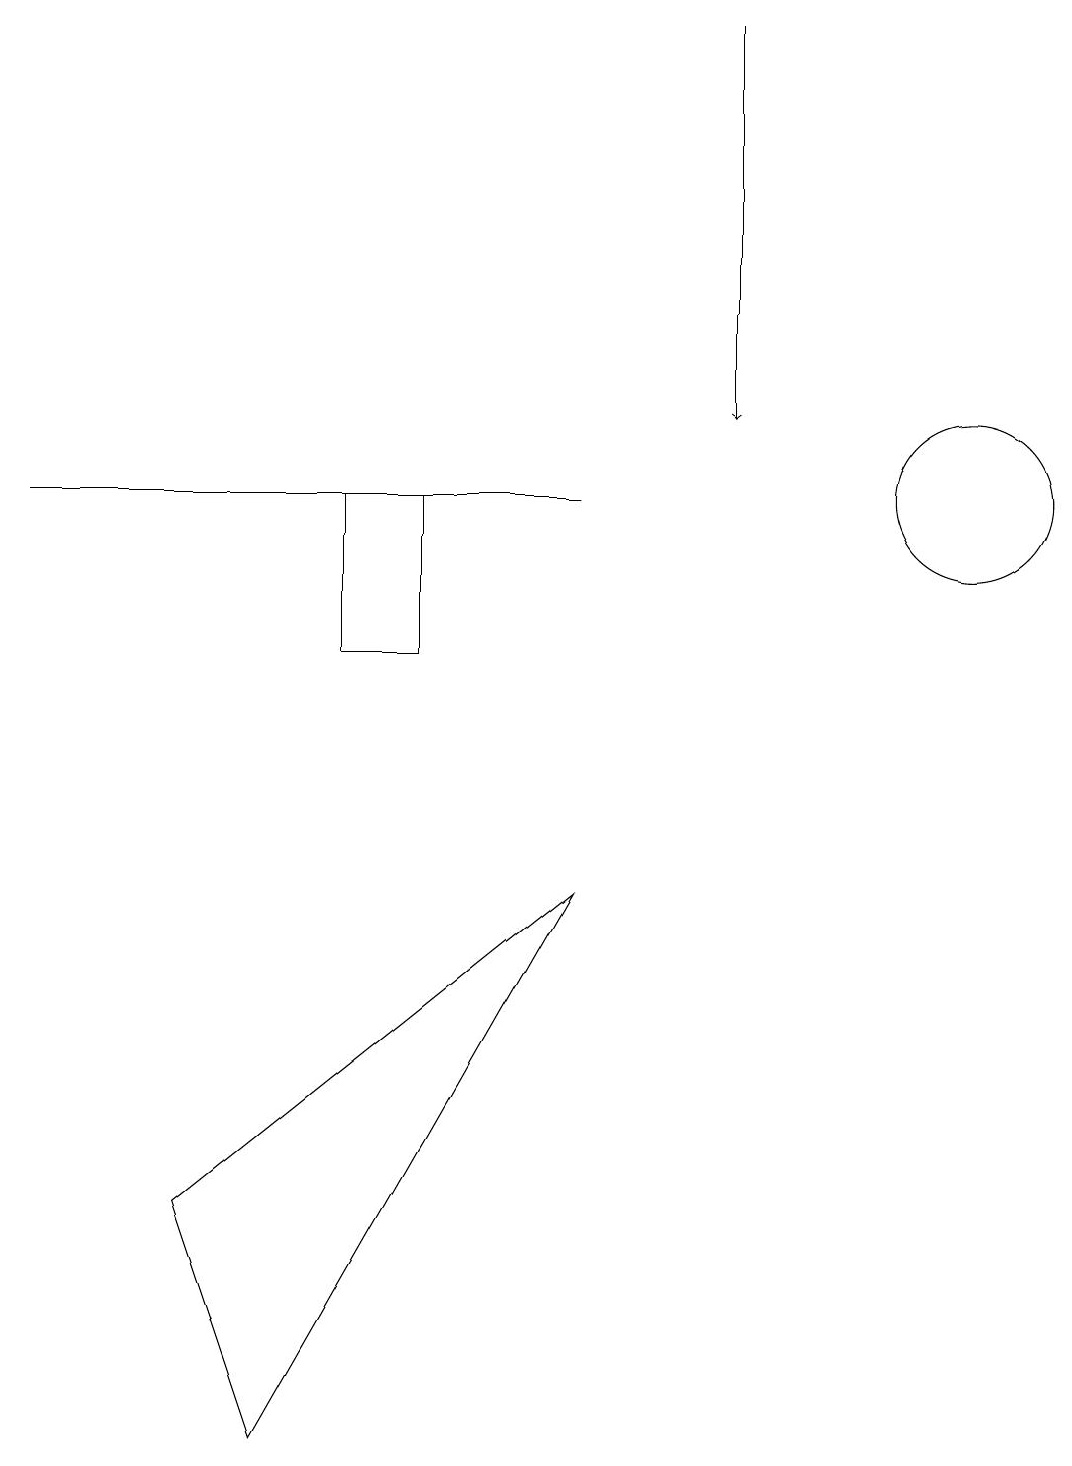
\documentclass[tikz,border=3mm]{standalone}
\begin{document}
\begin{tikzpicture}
\draw (12,12) circle (1);
\draw (11,11) circle (0);
\draw (2,3) -- (7,7) -- (3,0) -- cycle;
\draw (0,12) rectangle (7,12);
\draw (5,10) rectangle (4,12);
\draw[->] (9,18) -- (9,13);
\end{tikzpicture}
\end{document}